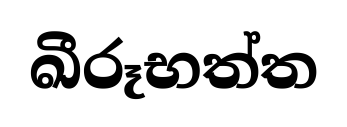
ඛීරූභත්ත